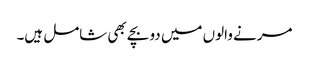
مرنے والوں میں دو بچے بھی شامل ہیں۔